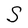
Character: S